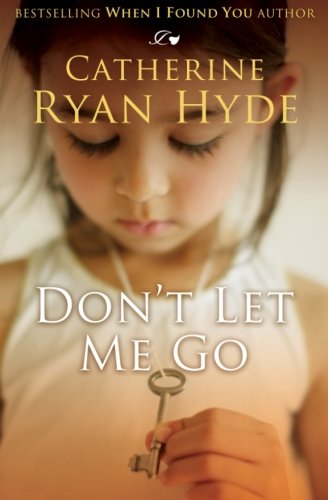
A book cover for Don't Let Me Go; Catherine Ryan Hyde; Literature & Fiction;